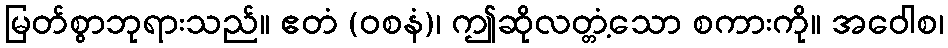
မြတ်စွာဘုရားသည်။ ဧတံ (ဝစနံ)၊ ဤဆိုလတ္တံ့သော စကားကို။ အဝေါစ၊